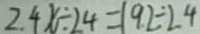
2 . 4 x \div 2 4 = 1 9 . 2 \div 2 . 4